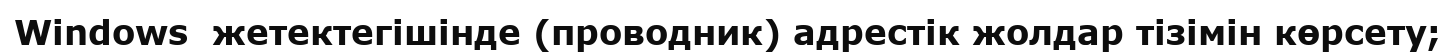
Windows  жетектегішінде (проводник) адрестік жолдар тізімін көрсету;